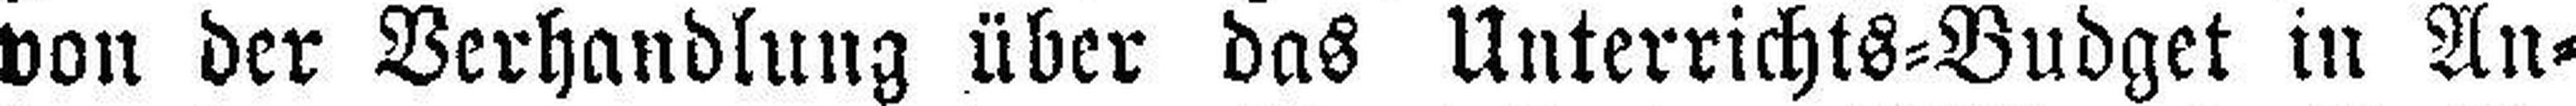
von der Verhandlung über das Unterrichts=Budget in An¬